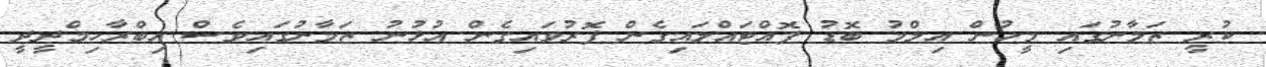
ކުރީ ޒަމާނުގައި މީހުން އިލްމު ބޮޑު ފޮއްޓައްލައިގެން ފޮރުވައިގެން އުޅުނު ޒަމާނުގައިވެސް އިބްރާހިމްދީދީ